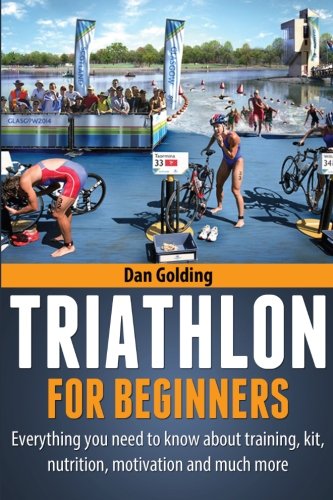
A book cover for Triathlon For Beginners: Everything you need to know about training, nutrition, kit, motivation, racing, and much more; Dan Golding; Health, Fitness & Dieting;